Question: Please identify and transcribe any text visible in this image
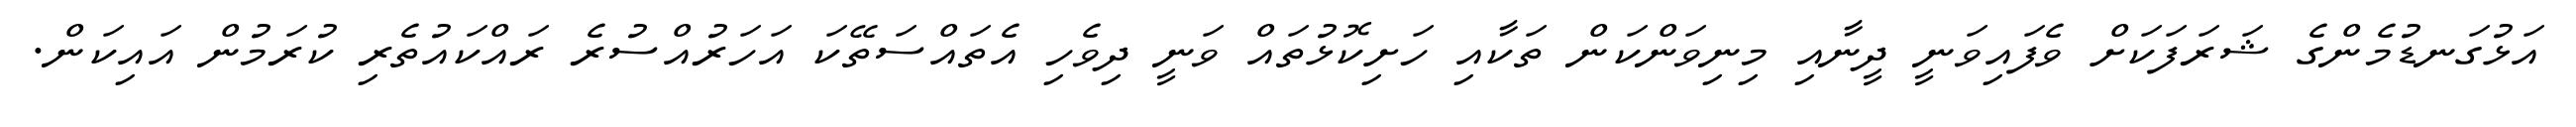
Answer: އަޅުގަނޑުމެންގެ ޝަރަފަކަށް ވެފައިވަނީ ދީނާއި މިނިވަންކަން ތަކާއި ހަށިކޮޅުތައް ވަނީ ދިވެހި އެތައްސަތޭކަ އަހަރުއްސުރެ ރައްކައުތެރި ކުރަމުން އައިކަން.